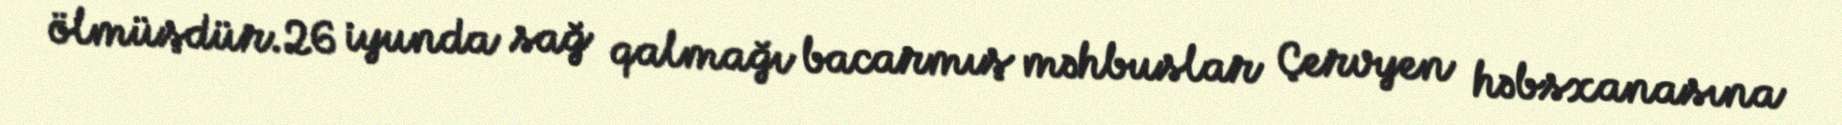
ölmüşdür.26 iyunda sağ qalmağı bacarmış məhbuslar Çervyen həbsxanasına